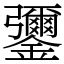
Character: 䥸